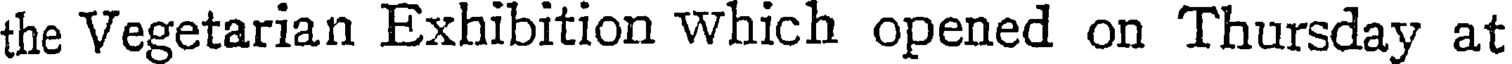
the Vegetarian Exhibition Which opened on Thursday at